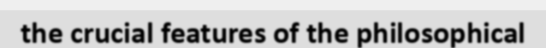
the crucial features of the philosophical